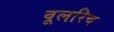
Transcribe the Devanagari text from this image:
वूलरिच